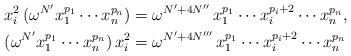
LaTeX: \begin{align*}x_i^2 \, (\omega^{N'} x_1^{p_1} \cdots x_n^{p_n}) & = \omega^{N' + 4N''} \, x_1^{p_1} \cdots x_i^{p_i+2} \cdots x_n^{p_n}, \\ (\omega^{N'} x_1^{p_1} \cdots x_n^{p_n})\, x_i^2 & = \omega^{N' + 4N'''} \, x_1^{p_1} \cdots x_i^{p_i+2} \cdots x_n^{p_n}\end{align*}